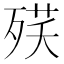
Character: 𣨘